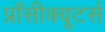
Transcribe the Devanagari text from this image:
प्रॉसीक्यूटर्स